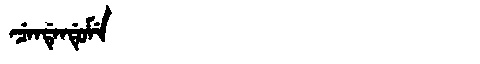
Manchu: ᠴᡝᠨᡩᡝᠨᡩᡠᠮᡝ
Romanization: CENDENDUME